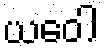
ယဝေါ